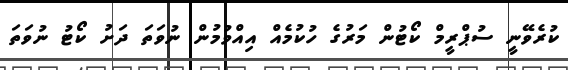
ކުރެވޭނީ ސުޕްރީމް ކޯޓުން މަރުގެ ހުކުމެއް އިއްވުމުން ނުވަތަ ދަށު ކޯޓު ނުވަތަ